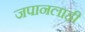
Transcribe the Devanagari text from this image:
जपानलाही